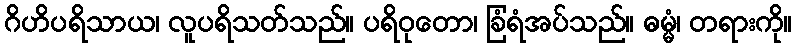
ဂိဟိပရိသာယ၊ လူပရိသတ်သည်။ ပရိဝုတော၊ ခြံရံအပ်သည်။ ဓမ္မံ၊ တရားကို။